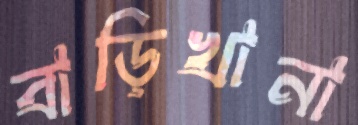
বাড়িখানা